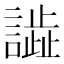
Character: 𧬃